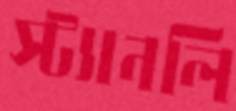
স্ট্যানলি